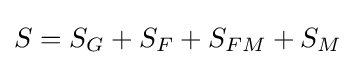
S=S_{G}+S_{F}+S_{FM}+S_{M}\;